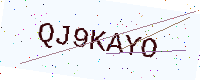
Text: QJ9KAYO